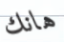
هانك